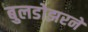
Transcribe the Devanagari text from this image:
बुलडोझरने